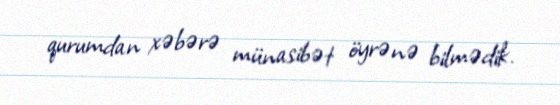
qurumdan xəbərə münasibət öyrənə bilmədik.